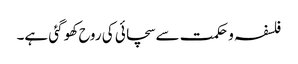
فلسفہ و حکمت سے سچائی کی روح کھو گئی ہے۔